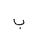
Letter: _ba